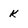
Character: k